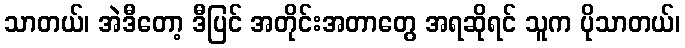
သာတယ်၊ အဲဒီတော့ ဒီပြင် အတိုင်းအတာတွေ အရဆိုရင် သူက ပိုသာတယ်၊